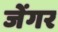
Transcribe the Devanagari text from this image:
जेंगर